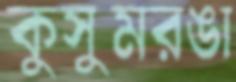
কুসুমরঙা